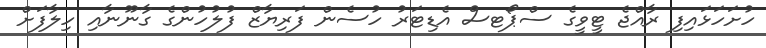
ހުށަހަޅައިފި ރާއްޖެ ޓީވީގެ ސްޕޯޓސް އެޑިޓަރު ހުސެން ފަރިޔާޒް ފުލުހުންގެ ގާނޫނާއި ހިލާފަށް